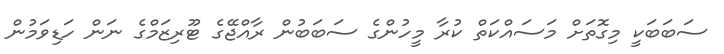
ސަބަބަކީ މިގޮތަށް މަސައްކަތް ކުރާ މީހުންގެ ސަބަބުން ރާއްޖޭގެ ޓޫރިޒަމްގެ ނަން ހަޑިވަމުން